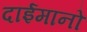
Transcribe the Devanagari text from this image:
दाईमानो